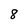
Character: 8